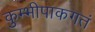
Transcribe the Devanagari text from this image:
कुम्भीपाकगतं